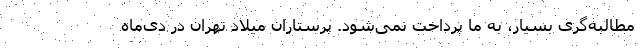
مطالبه‌گری بسیار، به ما پرداخت نمی‌شود. پرستاران میلاد تهران در دی‌ماه